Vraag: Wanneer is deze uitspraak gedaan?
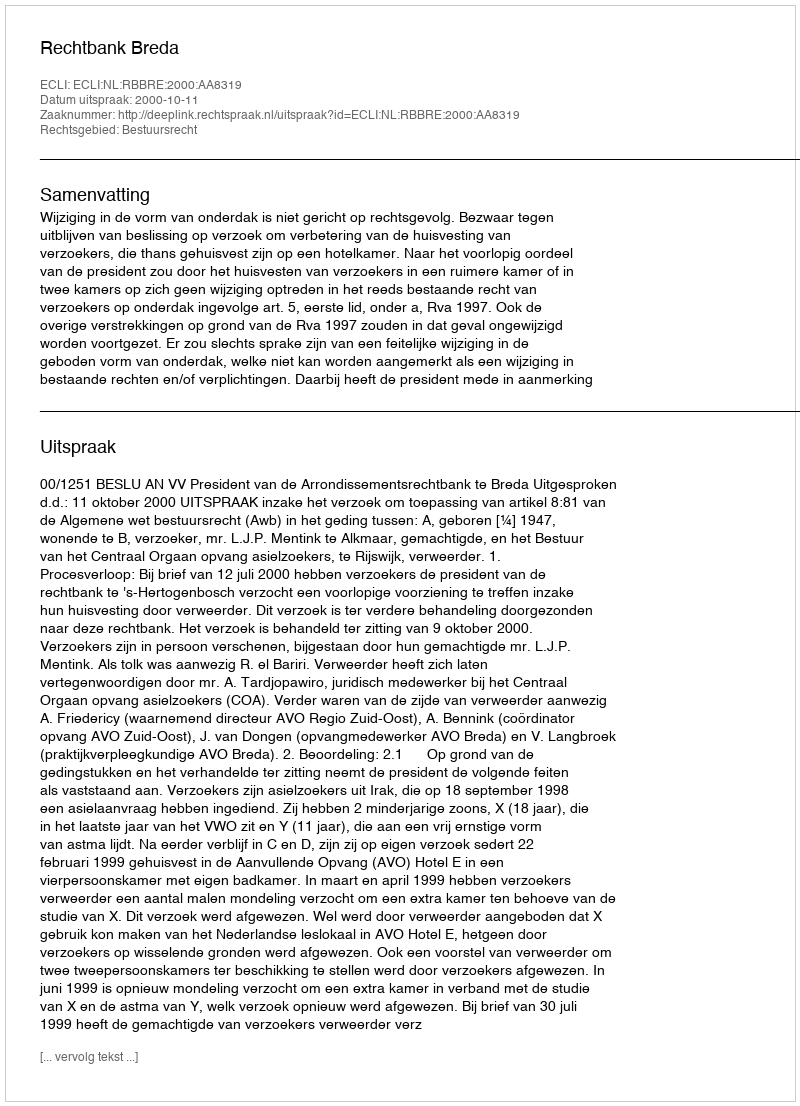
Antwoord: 2000-10-11